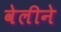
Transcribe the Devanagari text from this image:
वेलीने